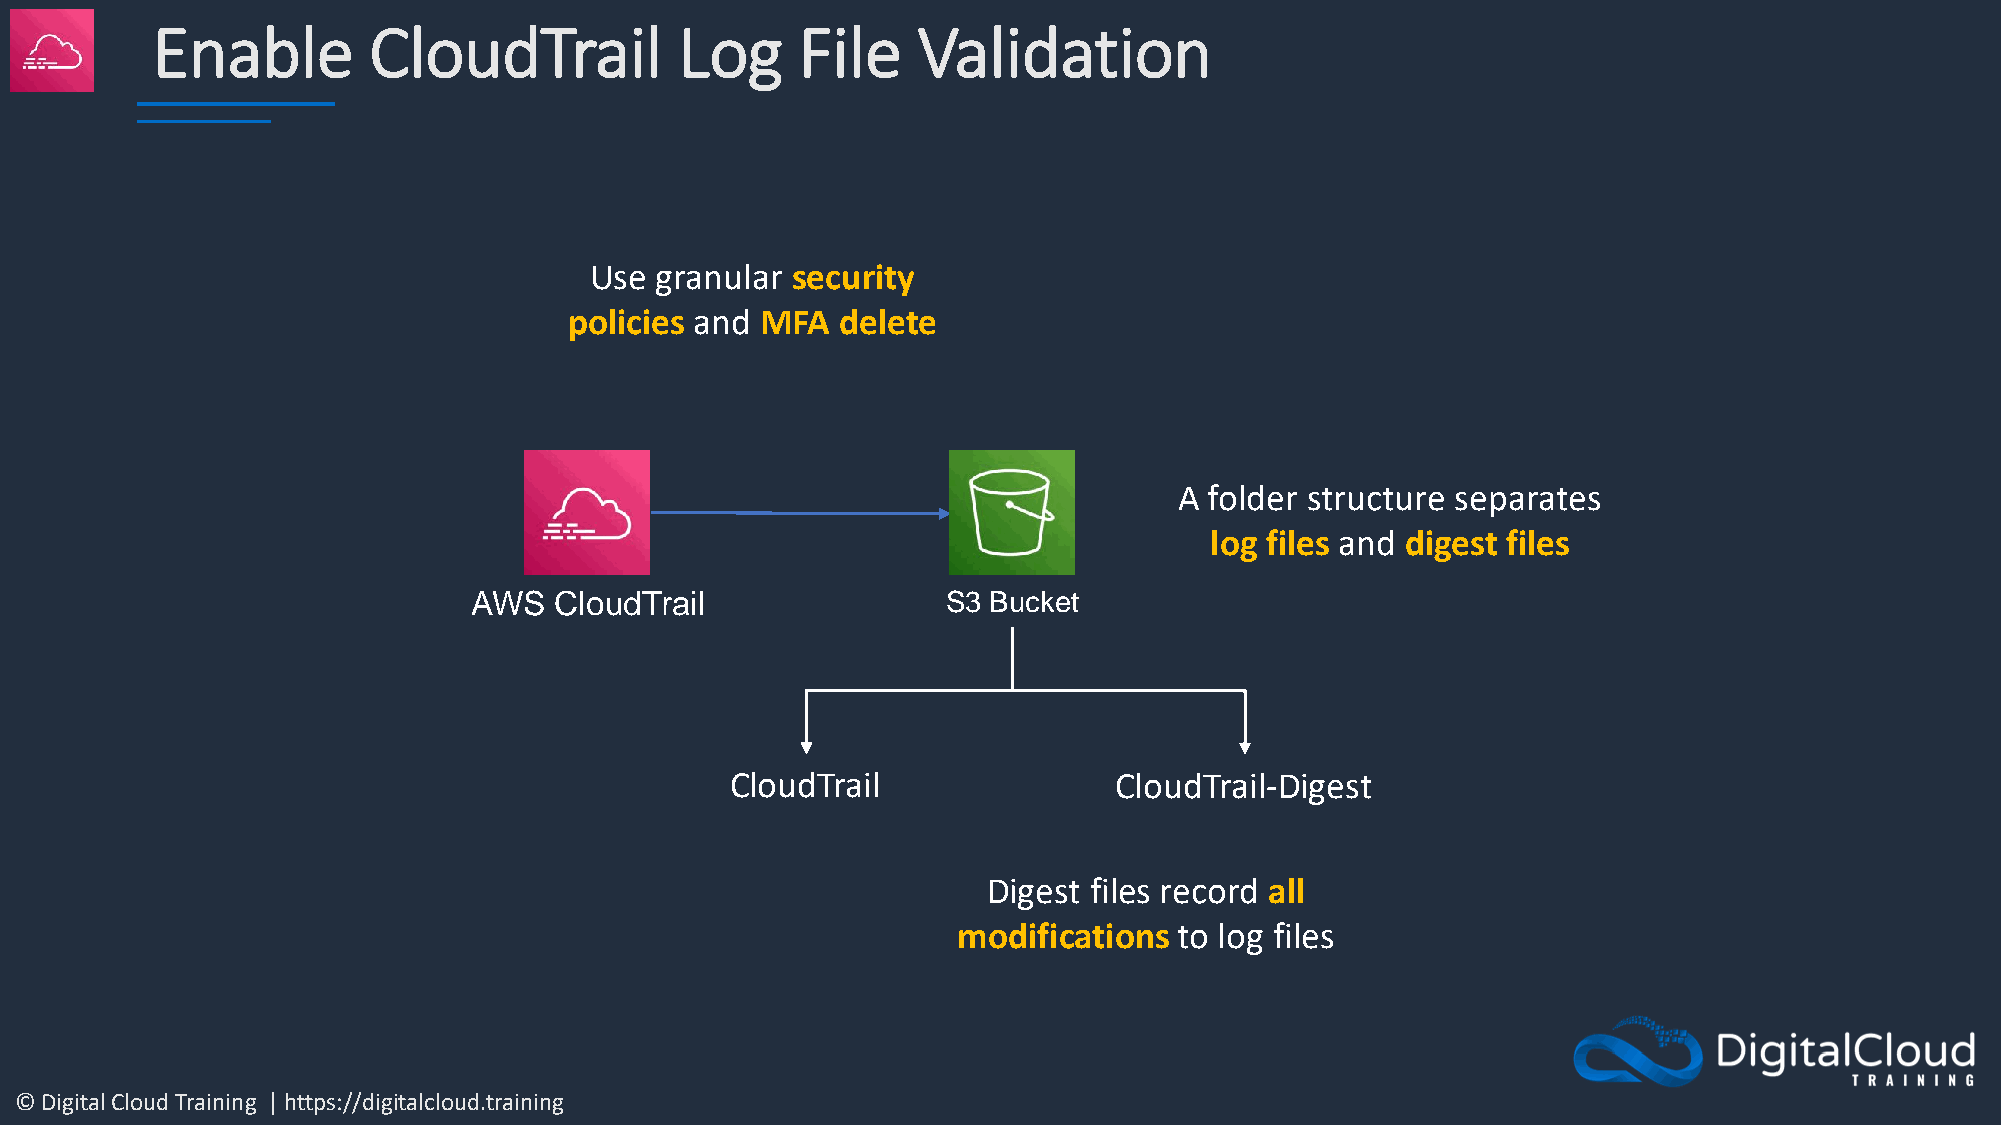
Enable        CloudTrail           Log     File    Validation
 Use granular security
 policies and MFA delete
 A folder structure separates
 log files and digest files
 AWS   CloudTrail                S3 Bucket
 CloudTrail                CloudTrail-Digest
 Digest files record all
 modifications  to log files
 © Digital Cloud Training | https://digitalcloud.training